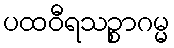
ပထဝီရသဉ္စာဂမ္မ